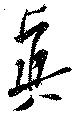
真